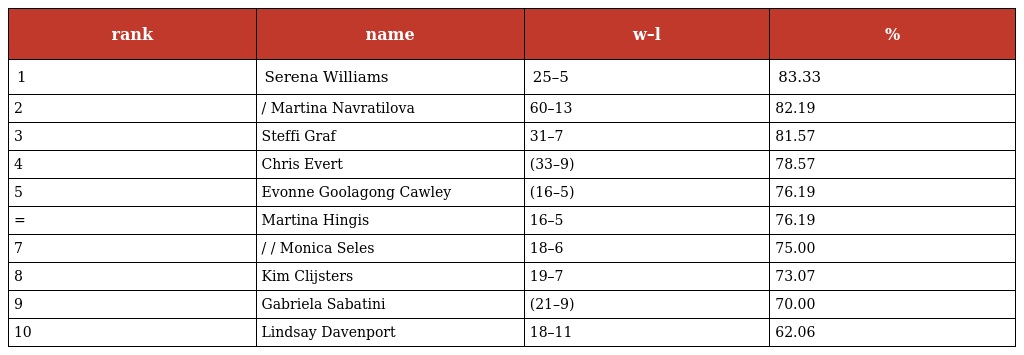
| rank | name | w–l | % |
 | --- | --- | --- | --- |
 | 1 | Serena Williams | 25–5 | 83.33 |
 | 2 | / Martina Navratilova | 60–13 | 82.19 |
 | 3 | Steffi Graf | 31–7 | 81.57 |
 | 4 | Chris Evert | (33–9) | 78.57 |
 | 5 | Evonne Goolagong Cawley | (16–5) | 76.19 |
 | = | Martina Hingis | 16–5 | 76.19 |
 | 7 | / / Monica Seles | 18–6 | 75.00 |
 | 8 | Kim Clijsters | 19–7 | 73.07 |
 | 9 | Gabriela Sabatini | (21–9) | 70.00 |
 | 10 | Lindsay Davenport | 18–11 | 62.06 |